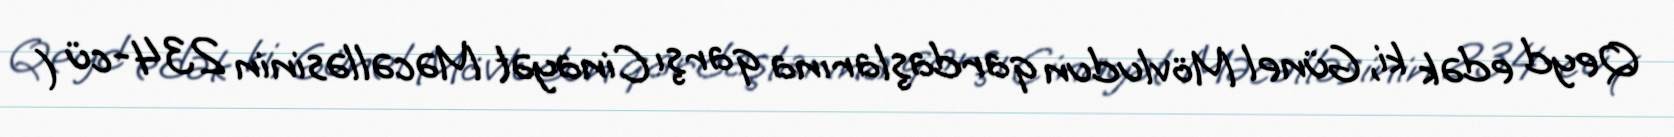
Qeyd edək ki, Günel Mövludun qardaşlarına qarşı Cinayət Məcəlləsinin 234-cü (